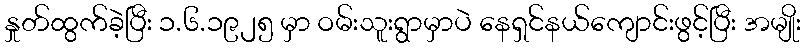
နှုတ်ထွက်ခဲ့ပြီး ၁.၆.၁၉၂၅ မှာ ဝမ်းသူးရွာမှာပဲ နေရှင်နယ်ကျောင်းဖွင့်ပြီး အမျိုး